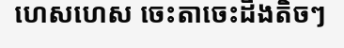
ហេសហេស ចេះតាចេះដឹងតិចៗ